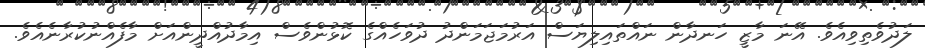
ލަދުވެތިވިއެވެ. އޭނަ މާޒީ ހަނދާން ނައްތައިލިޔަސް އަރުމަޖަމަންދު ދުވަހެއްގެ ކޮޅުންވެސް އިމާދުއްދީންއަށް މާފެއްނުކުރާނެއެވެ.